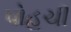
પોહચી